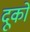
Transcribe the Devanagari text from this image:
दूको